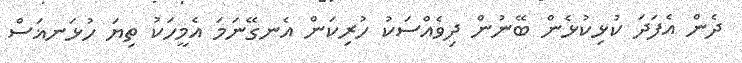
ދެން އެފަދަ ކުޅިކުޅެން ބޭނުން ދިވެއްސަކު ހުރިކަން އެނގޭނަމަ އެމީހަކު ތިޔަ ހުޅަނޣަސް